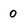
Character: 0